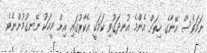
ނަމަވެސް އޭނާގެ ހިތަށް އެންމެ އުނދަގޫވި ކަމަކީ އެކާރުގައި އިން މީހަކު ނޭނގުމުންނެވެ.